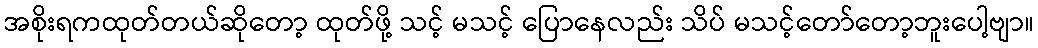
အစိုးရကထုတ်တယ်ဆိုတော့ ထုတ်ဖို့ သင့် မသင့် ပြောနေလည်း သိပ် မသင့်တော်တော့ဘူးပေါ့ဗျာ။